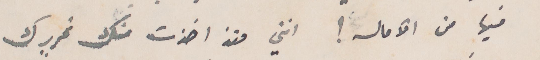
فيها من الآمال؟ انني وقد اخذت منك تحريرك